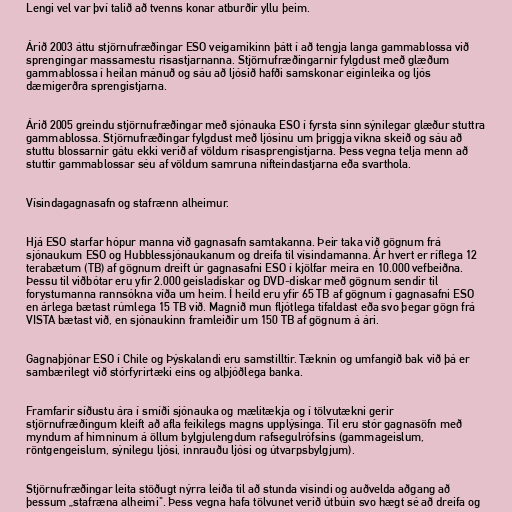
Lengi vel var því talið að tvenns konar atburðir yllu þeim.

Árið 2003 áttu stjörnufræðingar ESO veigamikinn þátt í að tengja langa gammablossa við
sprengingar massamestu risastjarnanna. Stjörnufræðingarnir fylgdust með glæðum
gammablossa í heilan mánuð og sáu að ljósið hafði samskonar eiginleika og ljós
dæmigerðra sprengistjarna.

Árið 2005 greindu stjörnufræðingar með sjónauka ESO í fyrsta sinn sýnilegar glæður stuttra
gammablossa. Stjörnufræðingar fylgdust með ljósinu um þriggja vikna skeið og sáu að
stuttu blossarnir gátu ekki verið af völdum risasprengistjarna. Þess vegna telja menn að
stuttir gammablossar séu af völdum samruna nifteindastjarna eða svarthola.

Vísindagagnasafn og stafrænn alheimur.

Hjá ESO starfar hópur manna við gagnasafn samtakanna. Þeir taka við gögnum frá
sjónaukum ESO og Hubblessjónaukanum og dreifa til vísindamanna. Ár hvert er ríflega 12
terabætum (TB) af gögnum dreift úr gagnasafni ESO í kjölfar meira en 10.000 vefbeiðna.
Þessu til viðbótar eru yfir 2.000 geisladiskar og DVD-diskar með gögnum sendir til
forystumanna rannsókna víða um heim. Í heild eru yfir 65 TB af gögnum í gagnasafni ESO
en árlega bætast rúmlega 15 TB við. Magnið mun fljótlega tífaldast eða svo þegar gögn frá
VISTA bætast við, en sjónaukinn framleiðir um 150 TB af gögnum á ári.

Gagnaþjónar ESO í Chile og Þýskalandi eru samstilltir. Tæknin og umfangið bak við þá er
sambærilegt við stórfyrirtæki eins og alþjóðlega banka.

Framfarir síðustu ára í smíði sjónauka og mælitækja og í tölvutækni gerir
stjörnufræðingum kleift að afla feikilegs magns upplýsinga. Til eru stór gagnasöfn með
myndum af himninum á öllum bylgjulengdum rafsegulrófsins (gammageislum,
röntgengeislum, sýnilegu ljósi, innrauðu ljósi og útvarpsbylgjum).

Stjörnufræðingar leita stöðugt nýrra leiða til að stunda vísindi og auðvelda aðgang að
þessum „stafræna alheimi". Þess vegna hafa tölvunet verið útbúin svo hægt sé að dreifa og